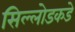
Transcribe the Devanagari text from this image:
सिल्लोडकडे